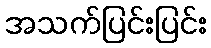
အသက်ပြင်းပြင်း